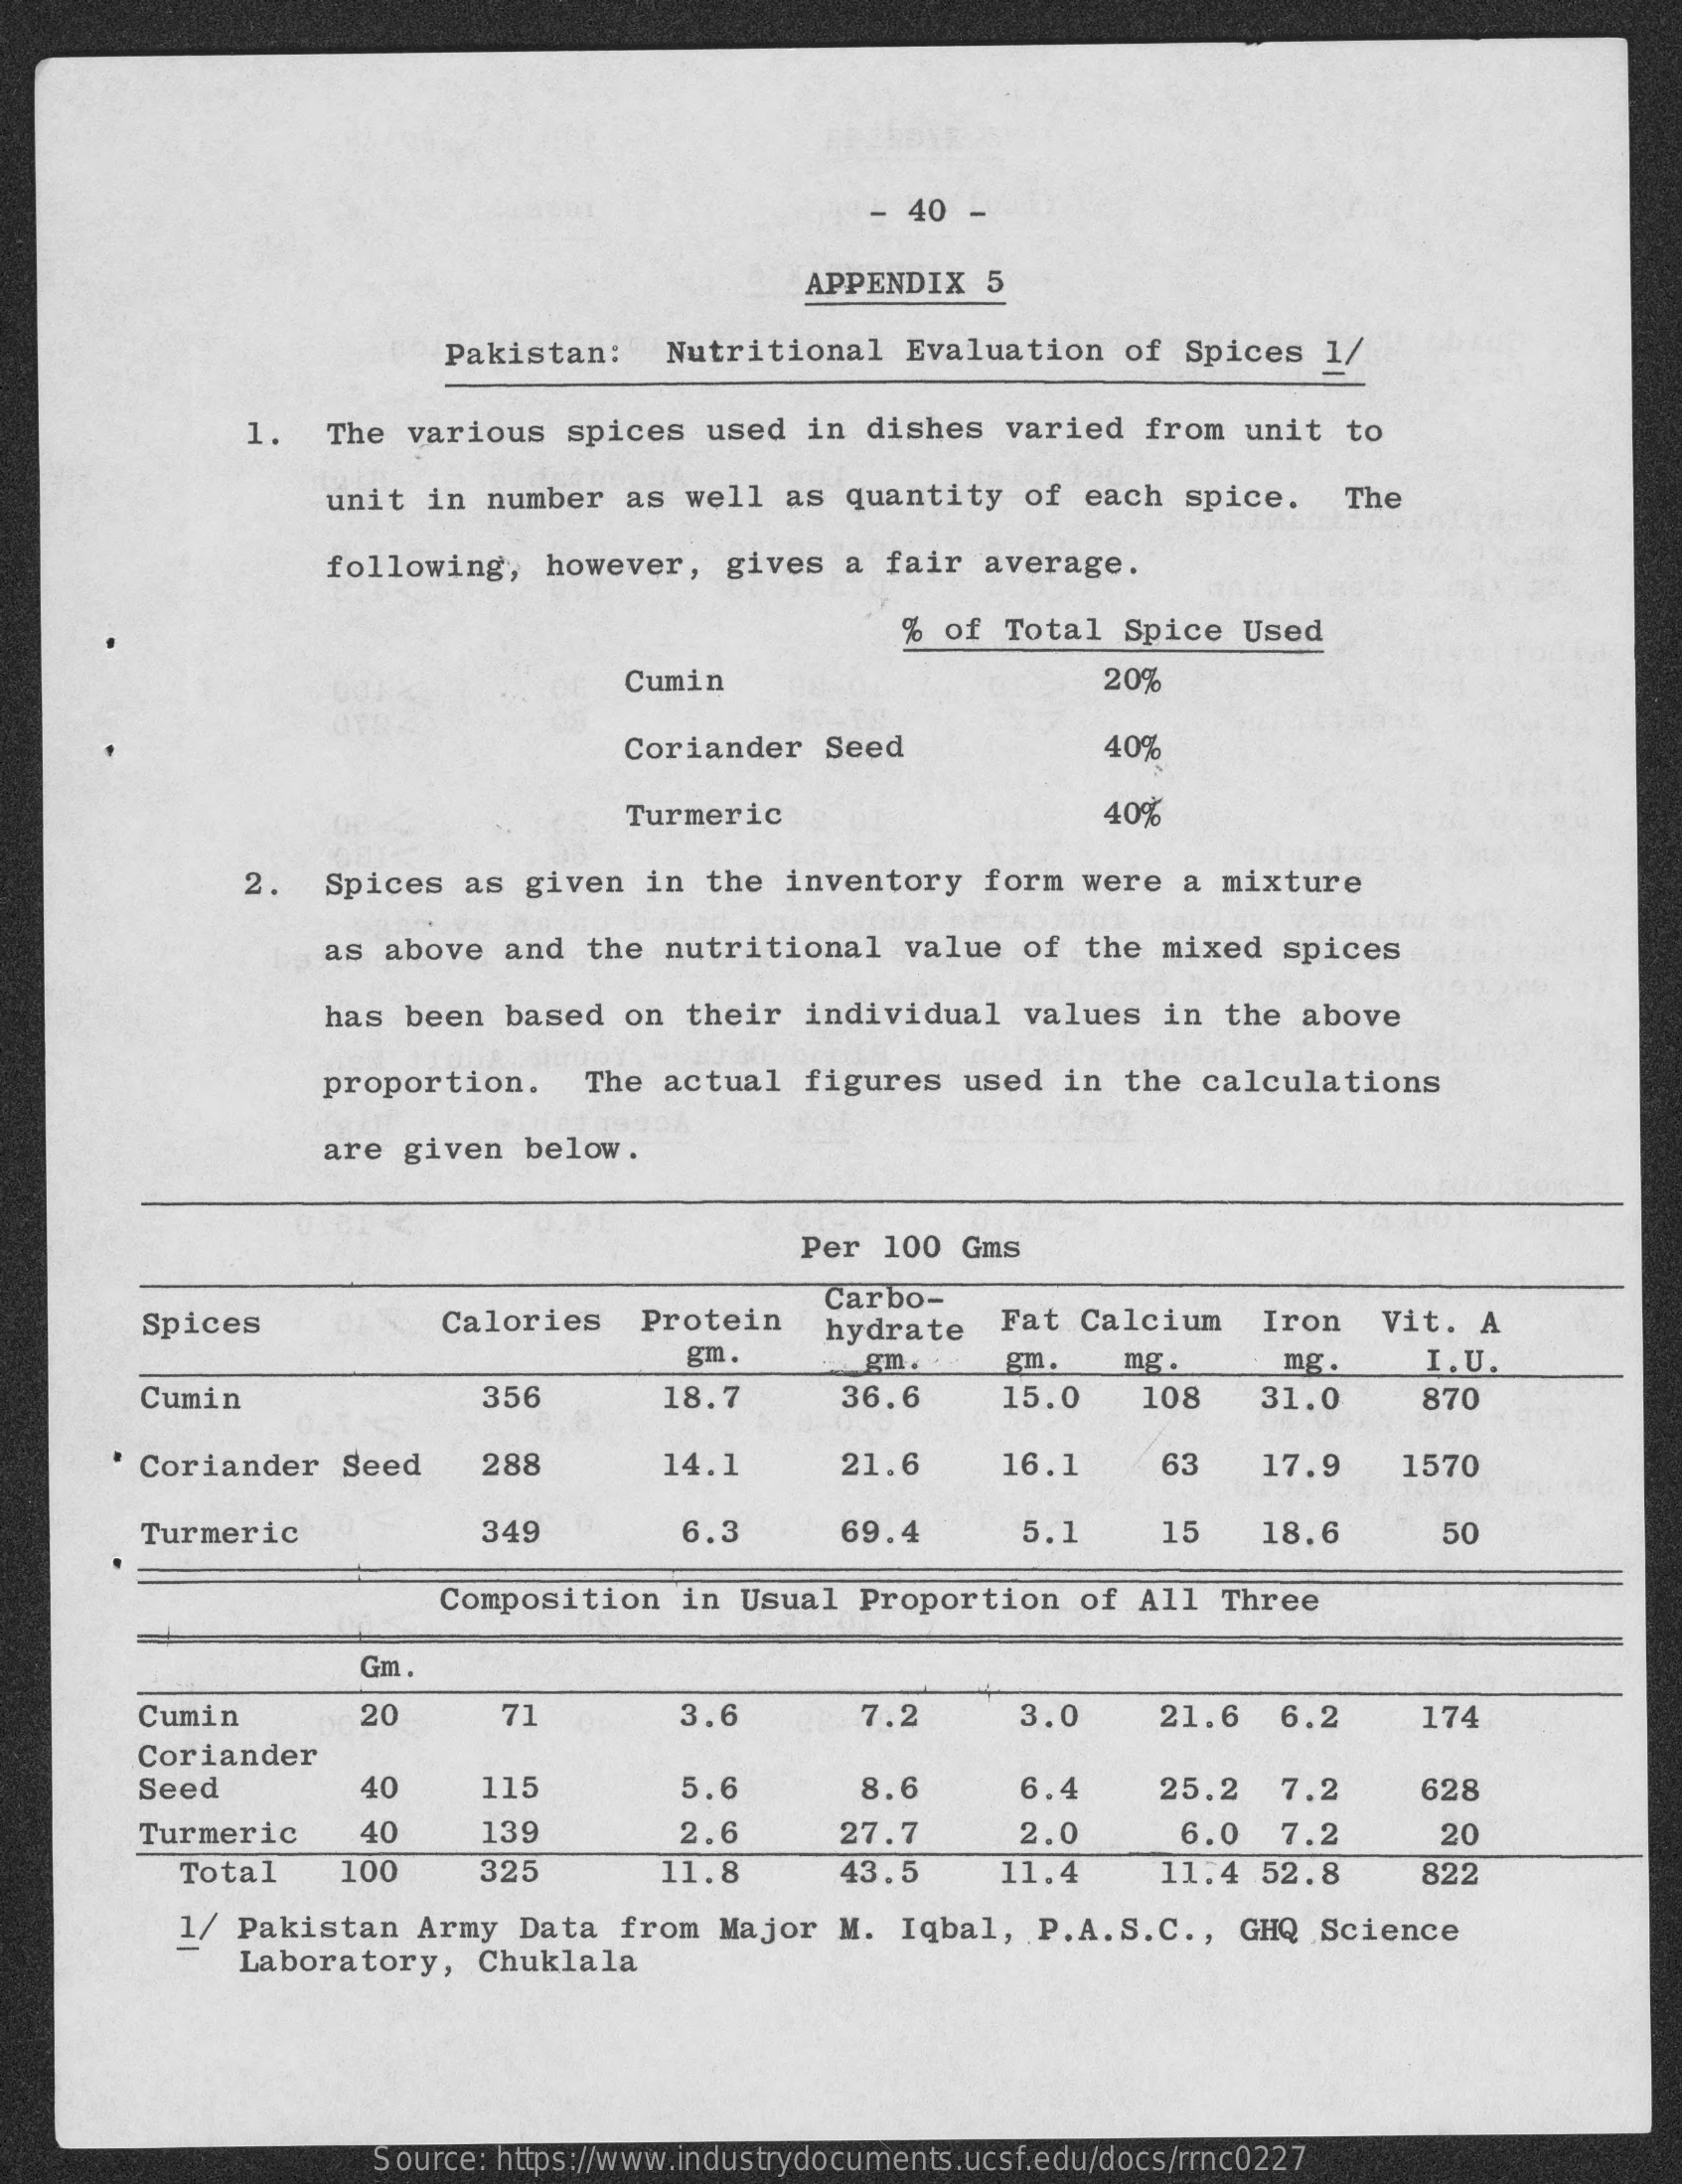
40
     APPENDIX    5
     Pakistan:    Nutritional    Evaluation    of  Spices   1/
     1.   The  various   spices   used  in  dishes   varied  from   unit  to
     unit  in  number   as well   as quantity    of  each  spice.    The
     following,    however,   gives   a fair  average.
     %  of  Total  Spice   Used
     Cumin    20%
     Coriander   Seed    40%
     Turmeric    40%
     2.   Spices  as  given   in  the  inventory   form  were   a mixture
     as above   and  the  nutritional    value   of  the mixed   spices
     has  been  based   on their   individual    values   in  the above
     proportion.    The  actual   figures   used  in  the  calculations
     are  given  below.
     Per  100  Gms
     Spices    Calories    Protein
     Carbo-
     Iron    Vit.  A
     gm .
     hydrate    Fat Calcium
     gm.    gm.    mg .    mg .    I.U.
     Cumin    356    18.7    36,6    15.0    108    31.0    870
     Coriander    Seed    288    14.1    21.6    16.1    63    17.9    1570
     Turmeric    349    6.3    69.4    5.1    15    18.6    50
     Composition    in  Usual  Proportion    of  All  Three
     Gm .
     Cumin    20    71    3.6    7.2    3.0    21.6   6.2    174
     Coriander
     Seed    40    115    5.6    8.6    6.4    25.2   7.2    628
     Turmeric    40    139    2.6    27.7    2.0    6.0   7.2    20
     Total    100    325    11.8    43.5    11.4    11.4   52.8    822
     1/ Pakistan   Army   Data  from   Major  M.  Iqbal,   P.A.S.C  ., GHQ   Science
     Laboratory,    Chuklala
     Source: https://www.industrydocuments.ucsf.edu/docs/rrnc0227